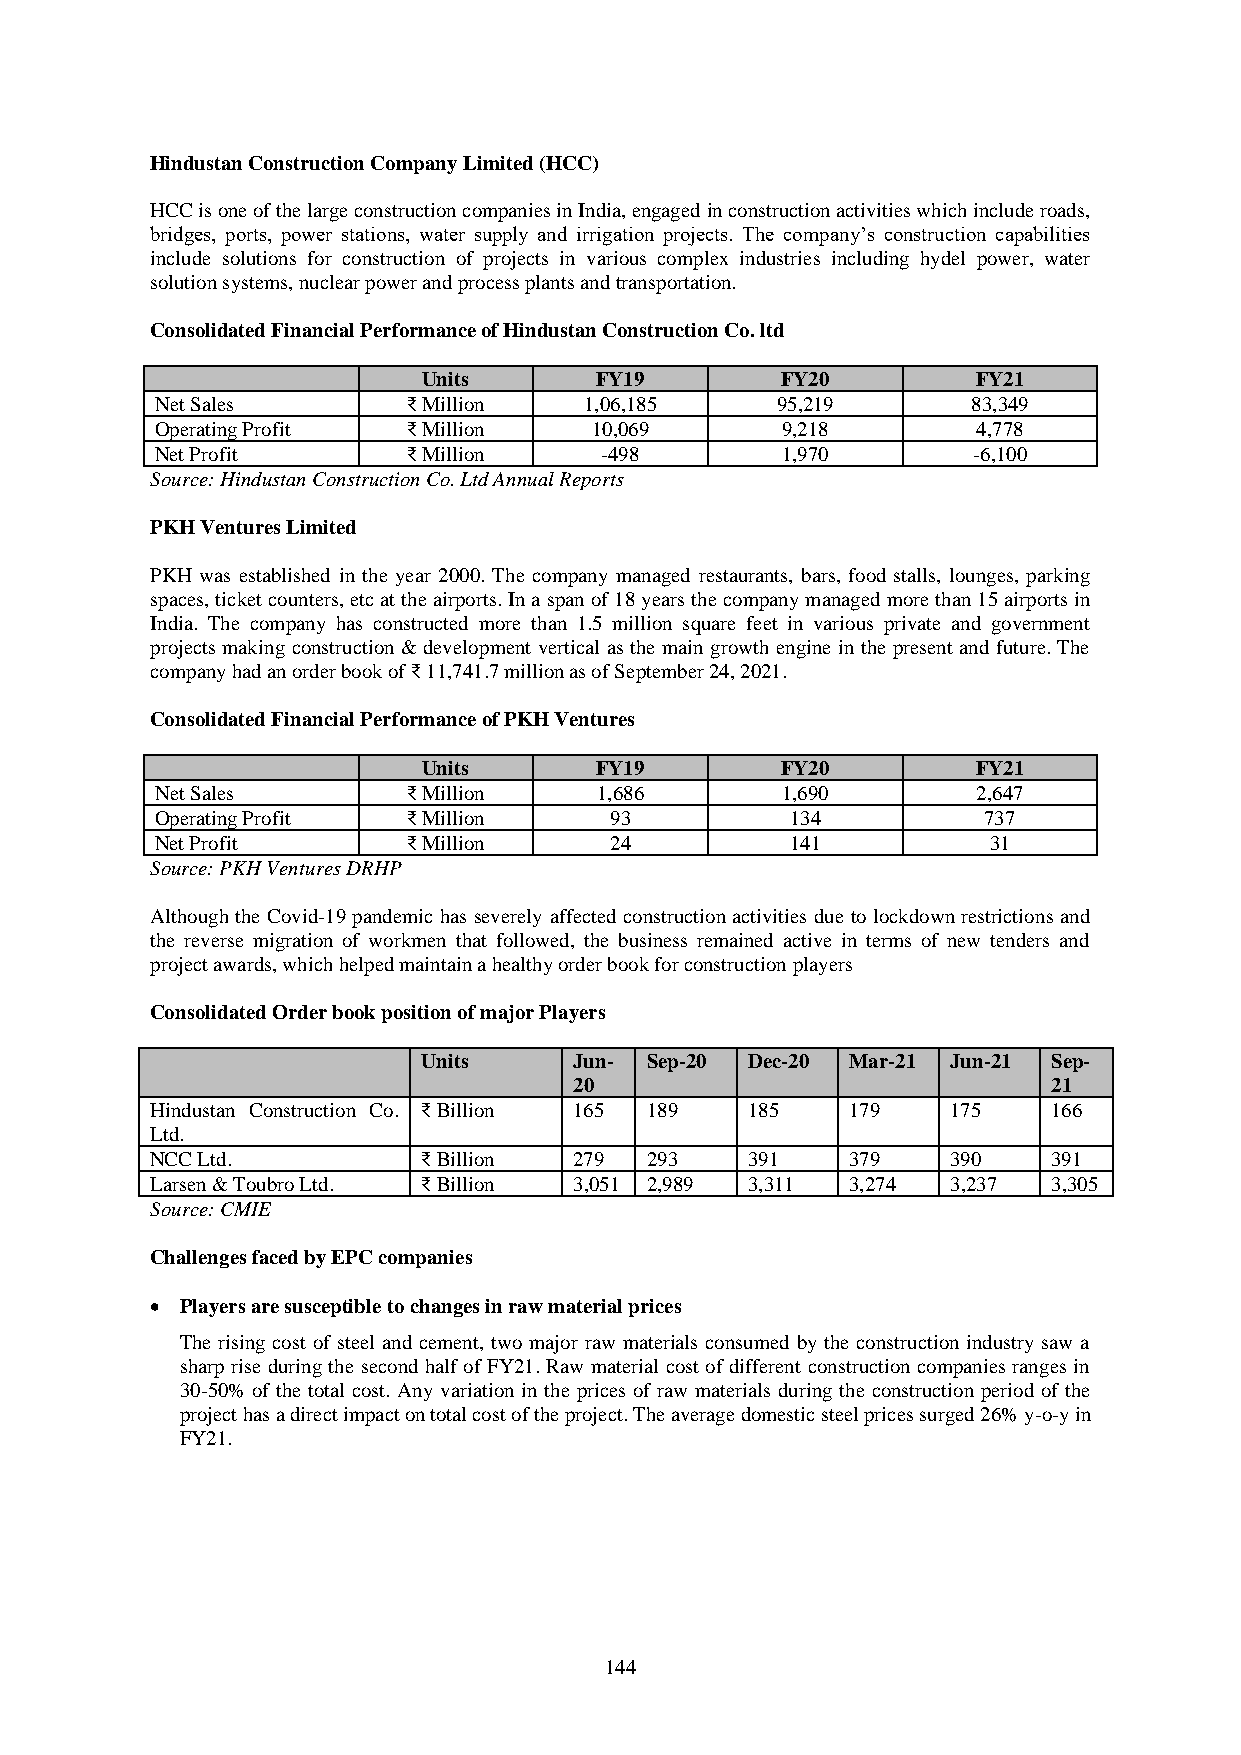
Hindustan Construction Company Limited (HCC)
 HCC is one of the large construction companies in India, engaged in construction activities which include roads,
 bridges, ports, power stations, water supply and irrigation projects. The company’s construction capabilities
 include solutions for construction of projects in various complex industries including hydel power, water
 solution systems, nuclear power and process plants and transportation.
 Consolidated Financial Performance of Hindustan Construction Co. ltd
 Units      FY19         FY20         FY21
 Net Sales        ₹ Million   1,06,185    95,219       83,349
 Operating Profit ₹ Million   10,069       9,218        4,778
 Net Profit       ₹ Million    -498        1,970       -6,100
 Source: Hindustan Construction Co. Ltd Annual Reports
 PKH Ventures Limited
 PKH was established in the year 2000. The company managed restaurants, bars, food stalls, lounges, parking
 spaces, ticket counters, etc at the airports. In a span of 18 years the company managed more than 15 airports in
 India. The company has constructed more than 1.5 million square feet in various private and government
 projects making construction & development vertical as the main growth engine in the present and future. The
 company had an order book of ₹ 11,741.7 million as of September 24, 2021.
 Consolidated Financial Performance of PKH Ventures
 Units      FY19         FY20         FY21
 Net Sales        ₹ Million    1,686       1,690        2,647
 Operating Profit ₹ Million    93          134          737
 Net Profit       ₹ Million    24          141           31
 Source: PKH Ventures DRHP
 Although the Covid-19 pandemic has severely affected construction activities due to lockdown restrictions and
 the reverse migration of workmen that followed, the business remained active in terms of new tenders and
 project awards, which helped maintain a healthy order book for construction players
 Consolidated Order book position of major Players
 Units     Jun- Sep-20 Dec-20 Mar-21 Jun-21 Sep-
 20                              21
 Hindustan Construction Co. ₹ Billion 165 189 185 179 175    166
 Ltd.
 NCC Ltd.          ₹ Billion 279  293   391    379    390    391
 Larsen & Toubro Ltd. ₹ Billion 3,051 2,989 3,311 3,274 3,237 3,305
 Source: CMIE
 Challenges faced by EPC companies
 • Players are susceptible to changes in raw material prices
 The rising cost of steel and cement, two major raw materials consumed by the construction industry saw a
 sharp rise during the second half of FY21. Raw material cost of different construction companies ranges in
 30-50% of the total cost. Any variation in the prices of raw materials during the construction period of the
 project has a direct impact on total cost of the project. The average domestic steel prices surged 26% y-o-y in
 FY21.
 144